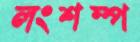
লংশম্প